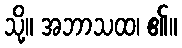
သို့။ အဘာသထ၊ ၏။